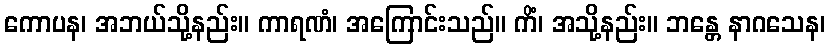
ကောပန၊ အဘယ်သို့နည်း။ ကာရဏံ၊ အကြောင်းသည်။ ကိံ၊ အသို့နည်း။ ဘန္တေ နာဂသေန၊